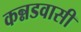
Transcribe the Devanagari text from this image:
कन्नडवासी